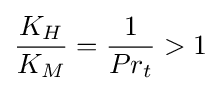
{\dfrac {K_{H}}{K_{M}}}={\dfrac {1}{Pr_{t}}}>1